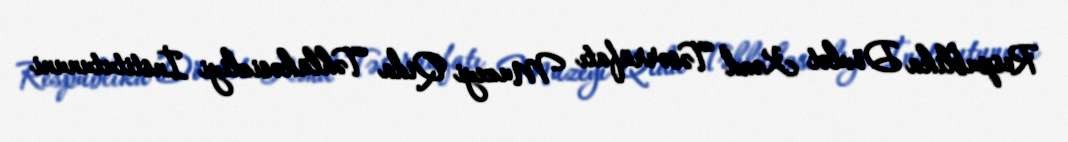
Respublika Dövlət Kənd Təsərrüfatı Muzeyi Qida Təhlükəsizliyi İnstitutununi